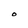
Character: O